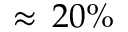
\approx \, 2 0 \%